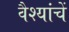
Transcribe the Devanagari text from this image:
वैश्यांचें